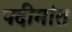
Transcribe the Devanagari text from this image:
पदीमांत